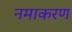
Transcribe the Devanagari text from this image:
नमाकरण